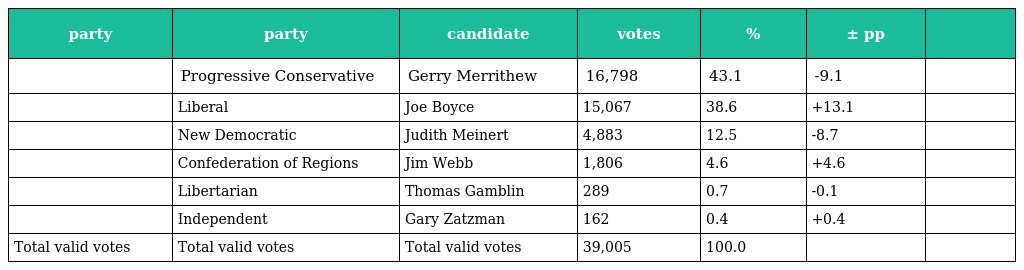
| party | party | candidate | votes | % | ± pp |  |
 | --- | --- | --- | --- | --- | --- | --- |
 |  | Progressive Conservative | Gerry Merrithew | 16,798 | 43.1 | -9.1 |  |
 |  | Liberal | Joe Boyce | 15,067 | 38.6 | +13.1 |  |
 |  | New Democratic | Judith Meinert | 4,883 | 12.5 | -8.7 |  |
 |  | Confederation of Regions | Jim Webb | 1,806 | 4.6 | +4.6 |  |
 |  | Libertarian | Thomas Gamblin | 289 | 0.7 | -0.1 |  |
 |  | Independent | Gary Zatzman | 162 | 0.4 | +0.4 |  |
 | Total valid votes | Total valid votes | Total valid votes | 39,005 | 100.0 |  |  |